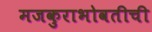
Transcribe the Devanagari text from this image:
मजकुराभोवतीची